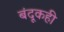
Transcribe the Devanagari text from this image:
बंदूकही